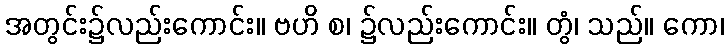
အတွင်း၌လည်းကောင်း။ ဗဟိ စ၊ ၌လည်းကောင်း။ တွံ၊ သည်။ ကော၊